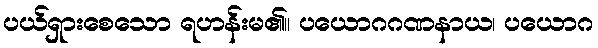
ပယ်ရှားစေသော ရဟန်းမ၏။ ပယောဂဂဏနာယ၊ ပယောဂ